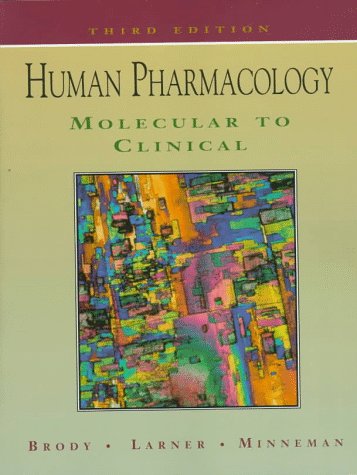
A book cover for Human Pharmacology: Molecular To Clinical, 3e; Theodore M. Brody PhD; Medical Books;